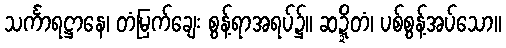
သင်္ကာရဋ္ဌာနေ၊ တံမြက်ချေး စွန့်ရာအရပ်၌။ ဆဍ္ဍိတံ၊ ပစ်စွန့်အပ်သော။